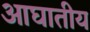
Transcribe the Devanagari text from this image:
आघातीय